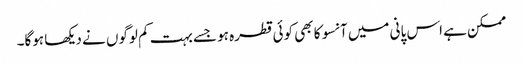
ممکن ہے اس پانی میں آنسو کا بھی کوئی قطرہ ہو جسے بہت کم لوگوں نے دیکھا ہوگا۔